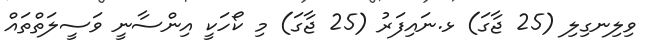
ވިލިނގިލި (25 ޖާގަ) ޅ.ނައިފަރު (25 ޖާގަ) މި ކޯހަކީ އިންސާނީ ވަސީލަތްތައް